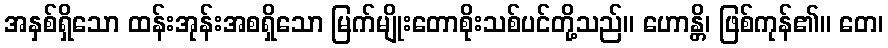
အနှစ်ရှိသော ထန်းအုန်းအစရှိသော မြက်မျိုးတောစိုးသစ်ပင်တို့သည်။ ဟောန္တိ၊ ဖြစ်ကုန်၏။ တေ၊